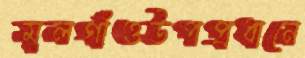
মূলগাঁওউপপ্রধানে